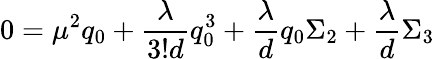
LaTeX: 0=\mu^{2}q_{0}+{\frac{\lambda}{3!d}}q_{0}^{3}+{\frac{\lambda}{d}}q_{0}\Sigma_{2}+{\frac{\lambda}{d}}\Sigma_{3}